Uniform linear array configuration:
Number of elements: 4
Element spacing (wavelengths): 0.25
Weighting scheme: hamming
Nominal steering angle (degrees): -45
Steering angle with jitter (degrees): -44.603
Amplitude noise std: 0.05
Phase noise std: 0.05

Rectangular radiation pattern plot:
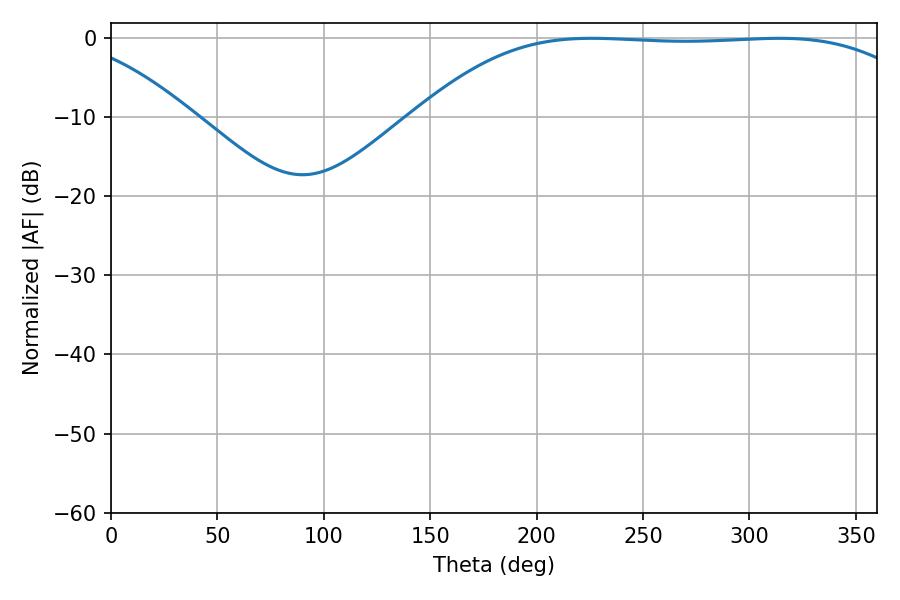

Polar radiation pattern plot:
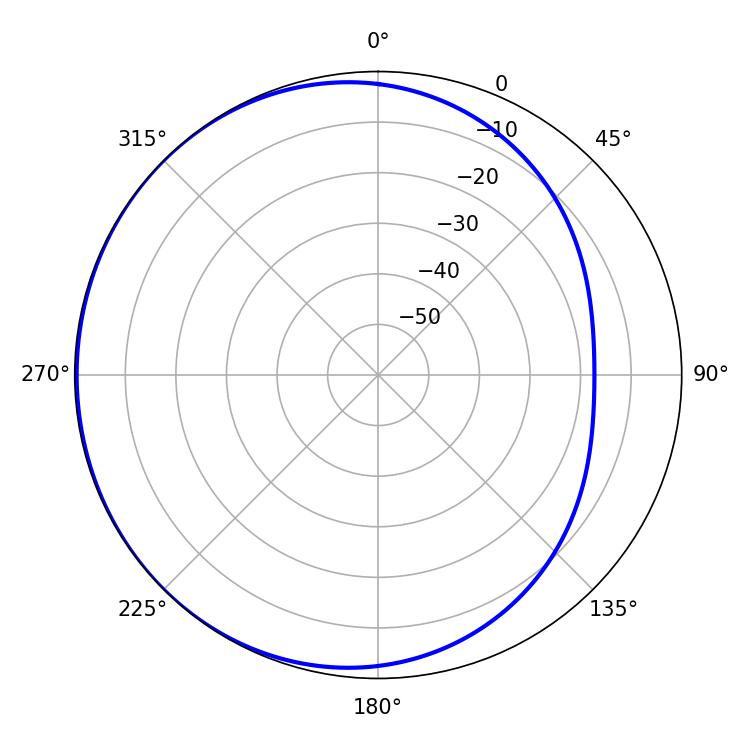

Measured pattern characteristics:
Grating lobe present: FALSE
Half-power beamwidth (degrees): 183.96
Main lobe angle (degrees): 225.9